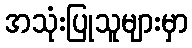
အသုံးပြုသူများမှာ